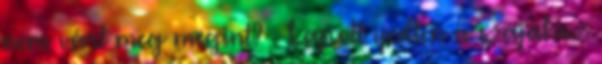
nem várt meg megint? - kapott ijedten a szájához